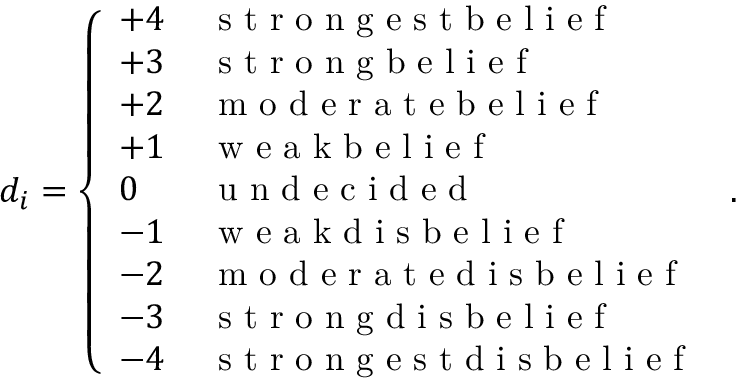
d _ { i } = \left\{ \begin{array} { l l } { + 4 \, } & { \mathrm { ~ s ~ t ~ r ~ o ~ n ~ g ~ e ~ s ~ t ~ b ~ e ~ l ~ i ~ e ~ f ~ } } \\ { + 3 \, } & { \mathrm { ~ s ~ t ~ r ~ o ~ n ~ g ~ b ~ e ~ l ~ i ~ e ~ f ~ } } \\ { + 2 \, } & { \mathrm { ~ m ~ o ~ d ~ e ~ r ~ a ~ t ~ e ~ b ~ e ~ l ~ i ~ e ~ f ~ } } \\ { + 1 \, } & { \mathrm { ~ w ~ e ~ a ~ k ~ b ~ e ~ l ~ i ~ e ~ f ~ } } \\ { 0 \, } & { \mathrm { ~ u ~ n ~ d ~ e ~ c ~ i ~ d ~ e ~ d ~ } } \\ { - 1 \, } & { \mathrm { ~ w ~ e ~ a ~ k ~ d ~ i ~ s ~ b ~ e ~ l ~ i ~ e ~ f ~ } } \\ { - 2 \, } & { \mathrm { ~ m ~ o ~ d ~ e ~ r ~ a ~ t ~ e ~ d ~ i ~ s ~ b ~ e ~ l ~ i ~ e ~ f ~ } } \\ { - 3 \, } & { \mathrm { ~ s ~ t ~ r ~ o ~ n ~ g ~ d ~ i ~ s ~ b ~ e ~ l ~ i ~ e ~ f ~ } } \\ { - 4 \, } & { \mathrm { ~ s ~ t ~ r ~ o ~ n ~ g ~ e ~ s ~ t ~ d ~ i ~ s ~ b ~ e ~ l ~ i ~ e ~ f ~ } } \end{array} \right. \, .